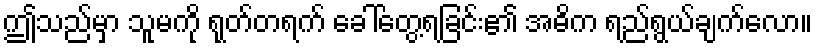
ဤသည်မှာ သူမကို ရုတ်တရက် ခေါ်တွေ့ရခြင်း၏ အဓိက ရည်ရွယ်ချက်လော။